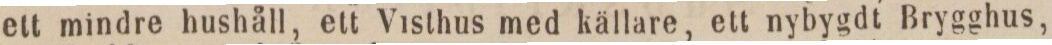
ett mindre hushåll, ett Visthus med källare, ett nybygdt Brygghus,